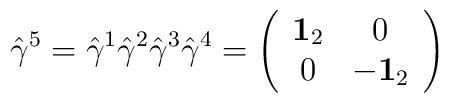
\hat\gamma^5 = \hat\gamma^1\hat\gamma^2\hat\gamma^3\hat\gamma^4 =\left(\begin{array}{cc}{\bf 1}_2&0\\0&-{\bf 1}_2\end{array}\right)